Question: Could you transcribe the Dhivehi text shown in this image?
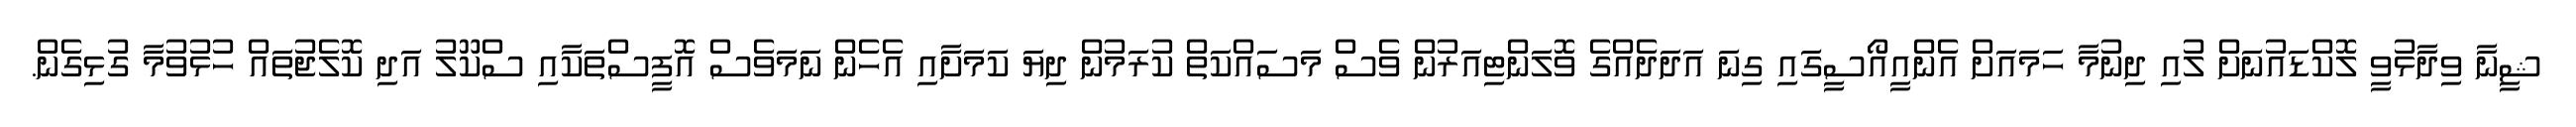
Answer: ޝީނާ ވިދާޅުވީ ލޮކްޑައުނަށް ލުއި ދިނުމާ ހަމައަށް އެންއީއޯސީގައި ގިނަ އަދަދެއްގެ ވޮލަންޓިއަރުން ވެސް މަސައްކަތް ކުރަމުން ދިޔަ ކަމަށާއި އެހެން ނަމަވެސް އޮފީސްތަކާއި ސްކޫލު އަދި ކޮލެޖުތައް ހުޅުވުމާ ގުޅިގެން.